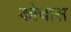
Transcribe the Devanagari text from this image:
कोचास